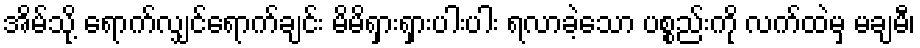
အိမ်သို့ ရောက်လျှင်ရောက်ချင်း မိမိရှားရှားပါးပါး ရလာခဲ့သော ပစ္စည်းကို လက်ထဲမှ မချမီ၊